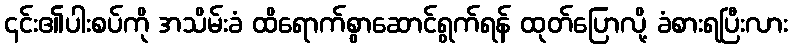
၎င်း၏ပါးစပ်ကို အသိမ်းခံ ထိရောက်စွာဆောင်ရွက်ရန် ထုတ်ပြောလို့ ခံစားရပြီးလား